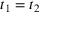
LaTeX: t _ { 1 } = t _ { 2 }